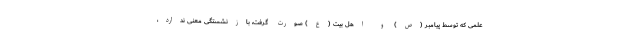
علمی که توسط پیامبر (ص) و اهل بیت (ع) صورت گرفت، بازنشستگی معنی ندارد،